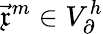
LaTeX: \vec{\mathfrak{x}}^{m}\in V_{\partial}^{h}